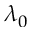
\lambda _ { 0 }